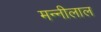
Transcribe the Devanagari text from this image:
मन्नीलाल